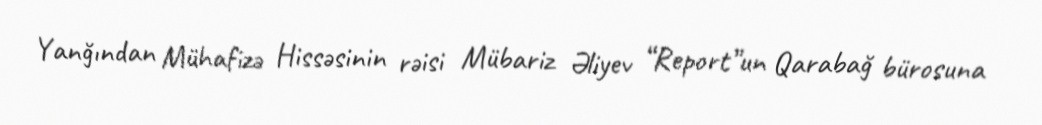
Yanğından Mühafizə Hissəsinin rəisi Mübariz Əliyev “Report”un Qarabağ bürosuna